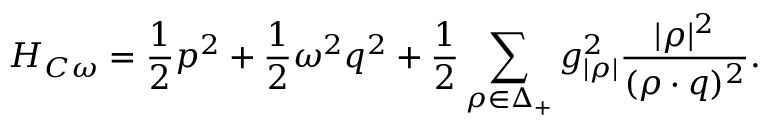
{ \cal H } _ { C \omega } = { \frac { 1 } { 2 } } p ^ { 2 } + { \frac { 1 } { 2 } } \omega ^ { 2 } q ^ { 2 } + { \frac { 1 } { 2 } } \sum _ { \rho \in \Delta _ { + } } { g _ { | \rho | } ^ { 2 } } { \frac { | \rho | ^ { 2 } } { ( \rho \cdot q ) ^ { 2 } } } .